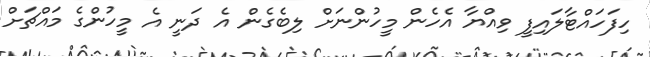
ހިފަހައްޓާލައިފީ ވިއްޔާ އެހެން މީހުންނަށް ލިބެގެން އެ ދަނީ އެ މީހުންގެ މައްޗަށް